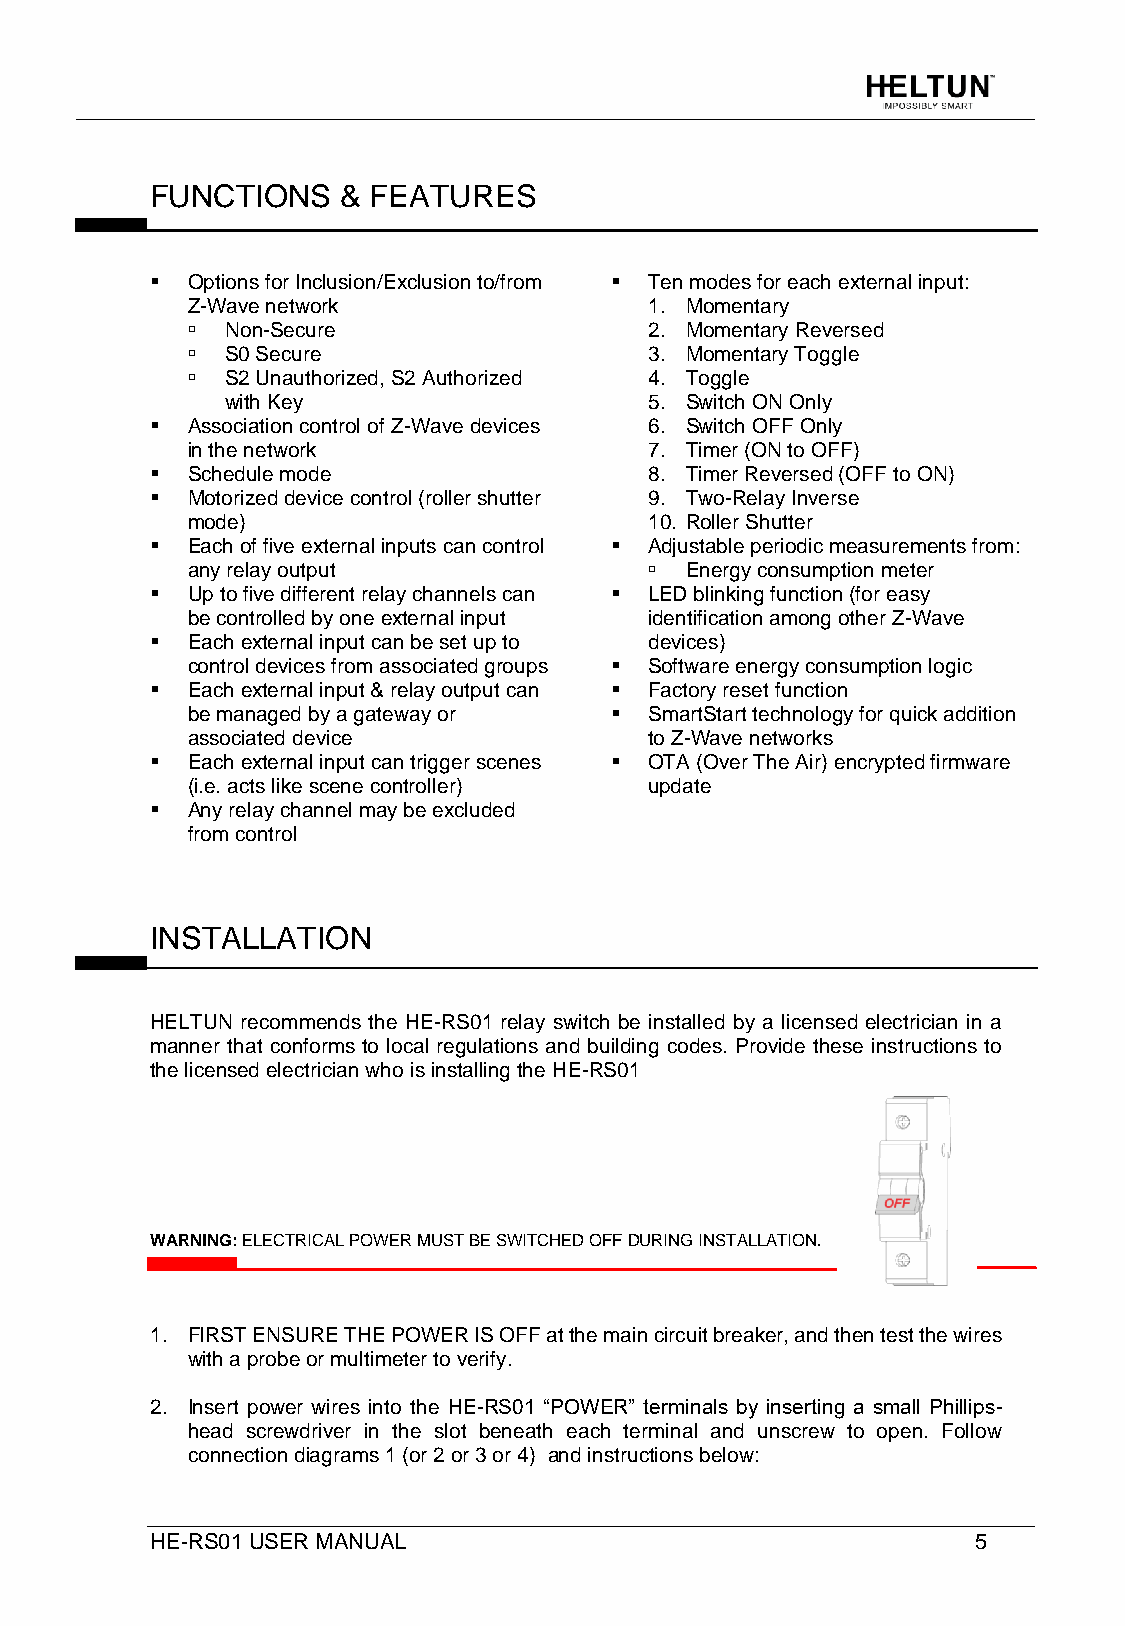
FUNCTIONS    & FEATURES
 ▪ Options for Inclusion/Exclusion to/from ▪ Ten modes for each external input:
 Z-Wave network                 1. Momentary
   Non-Secure                  2. Momentary Reversed
   S0 Secure                   3. Momentary Toggle
   S2 Unauthorized, S2 Authorized 4. Toggle
 with Key                    5. Switch ON Only
 ▪ Association control of Z-Wave devices 6. Switch OFF Only
 in the network                 7. Timer (ON to OFF)
 ▪ Schedule mode                  8. Timer Reversed (OFF to ON)
 ▪ Motorized device control (roller shutter 9. Two-Relay Inverse
 mode)                          10. Roller Shutter
 ▪ Each of five external inputs can control ▪ Adjustable periodic measurements from:
 any relay output                Energy consumption meter
 ▪ Up to five different relay channels can ▪ LED blinking function (for easy
 be controlled by one external input identification among other Z-Wave
 ▪ Each external input can be set up to devices)
 control devices from associated groups ▪ Software energy consumption logic
 ▪ Each external input & relay output can ▪ Factory reset function
 be managed by a gateway or  ▪  SmartStart technology for quick addition
 associated device              to Z-Wave networks
 ▪ Each external input can trigger scenes ▪ OTA (Over The Air) encrypted firmware
 (i.e. acts like scene controller) update
 ▪ Any relay channel may be excluded
 from control
 INSTALLATION
 HELTUN recommends the HE-RS01 relay switch be installed by a licensed electrician in a
 manner that conforms to local regulations and building codes. Provide these instructions to
 the licensed electrician who is installing the HE-RS01
 WARNING: ELECTRICAL POWER MUST BE SWITCHED OFF DURING INSTALLATION.
 1. FIRST ENSURE THE POWER IS OFF at the main circuit breaker, and then test the wires
 with a probe or multimeter to verify.
 2. Insert power wires into the HE-RS01 “POWER” terminals by inserting a small Phillips-
 head screwdriver in the slot beneath each terminal and unscrew to open. Follow
 connection diagrams 1 (or 2 or 3 or 4) and instructions below:
 HE-RS01 USER MANUAL                                    5